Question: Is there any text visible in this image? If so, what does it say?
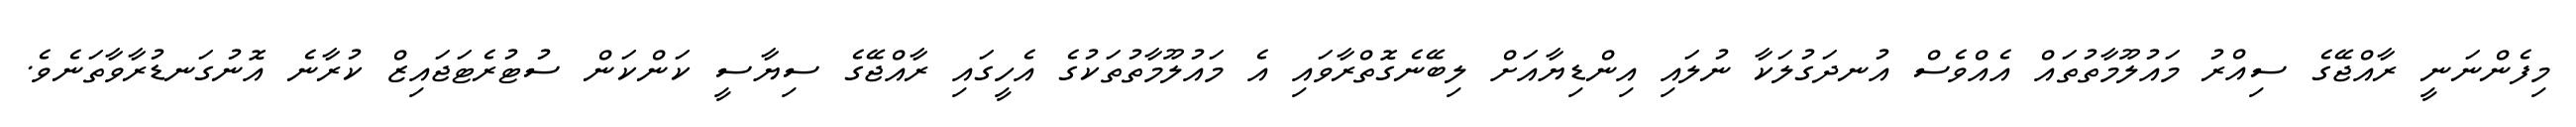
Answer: މިފެންނަނީ ރާއްޖޭގެ ސިއްރު މައުލޫމާތުތައް އެއްވެސް އުނދަގުލަކާ ނުލައި އިންޑިޔާއަށް ލިބޭނެގޮތްރާވައި އެ މައުލޫމާތުތަކުގެ އެހީގައި ރާއްޖޭގެ ސިޔާސީ ކަންކަން ސުޓުރެޓަޖައިޒް ކުރާނެ އޮނުގަނޑުރާވާތަނެވެ.